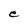
Character: e